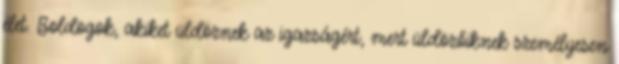
élet. Boldogok, akiket üldöznek az igazságért, mert üldözőiknek személyesen